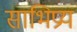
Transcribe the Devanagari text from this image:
साभिप्रय